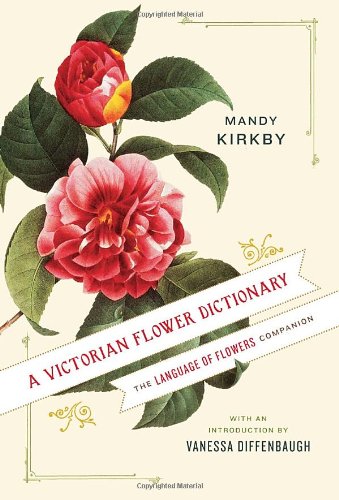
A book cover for A Victorian Flower Dictionary: The Language of Flowers Companion; Mandy Kirkby; Crafts, Hobbies & Home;